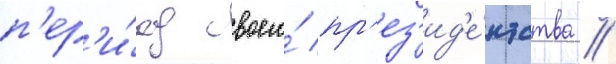
п'ер'и́од своего́ пр'ез'ид'е́нтства /